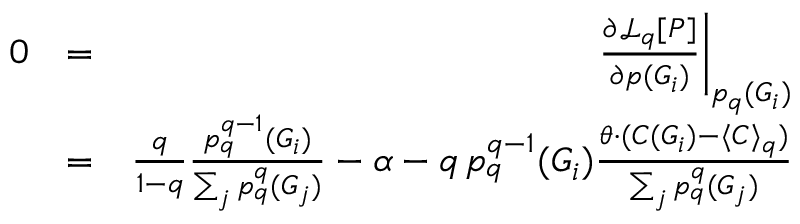
\begin{array} { r l r } { 0 } & { = } & { \left. \frac { \partial \mathcal { L } _ { q } [ P ] } { \partial p ( G _ { i } ) } \right| _ { p _ { q } ( G _ { i } ) } } \\ & { = } & { \frac { q } { 1 - q } \frac { p _ { q } ^ { q - 1 } ( G _ { i } ) } { \sum _ { j } p _ { q } ^ { q } ( G _ { j } ) } - \alpha - q \, p _ { q } ^ { q - 1 } ( G _ { i } ) \frac { \theta \cdot ( C ( G _ { i } ) - \langle C \rangle _ { q } ) } { \sum _ { j } p _ { q } ^ { q } ( G _ { j } ) } } \end{array}